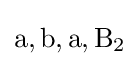
\mathrm {a,b,a,B_{2}}